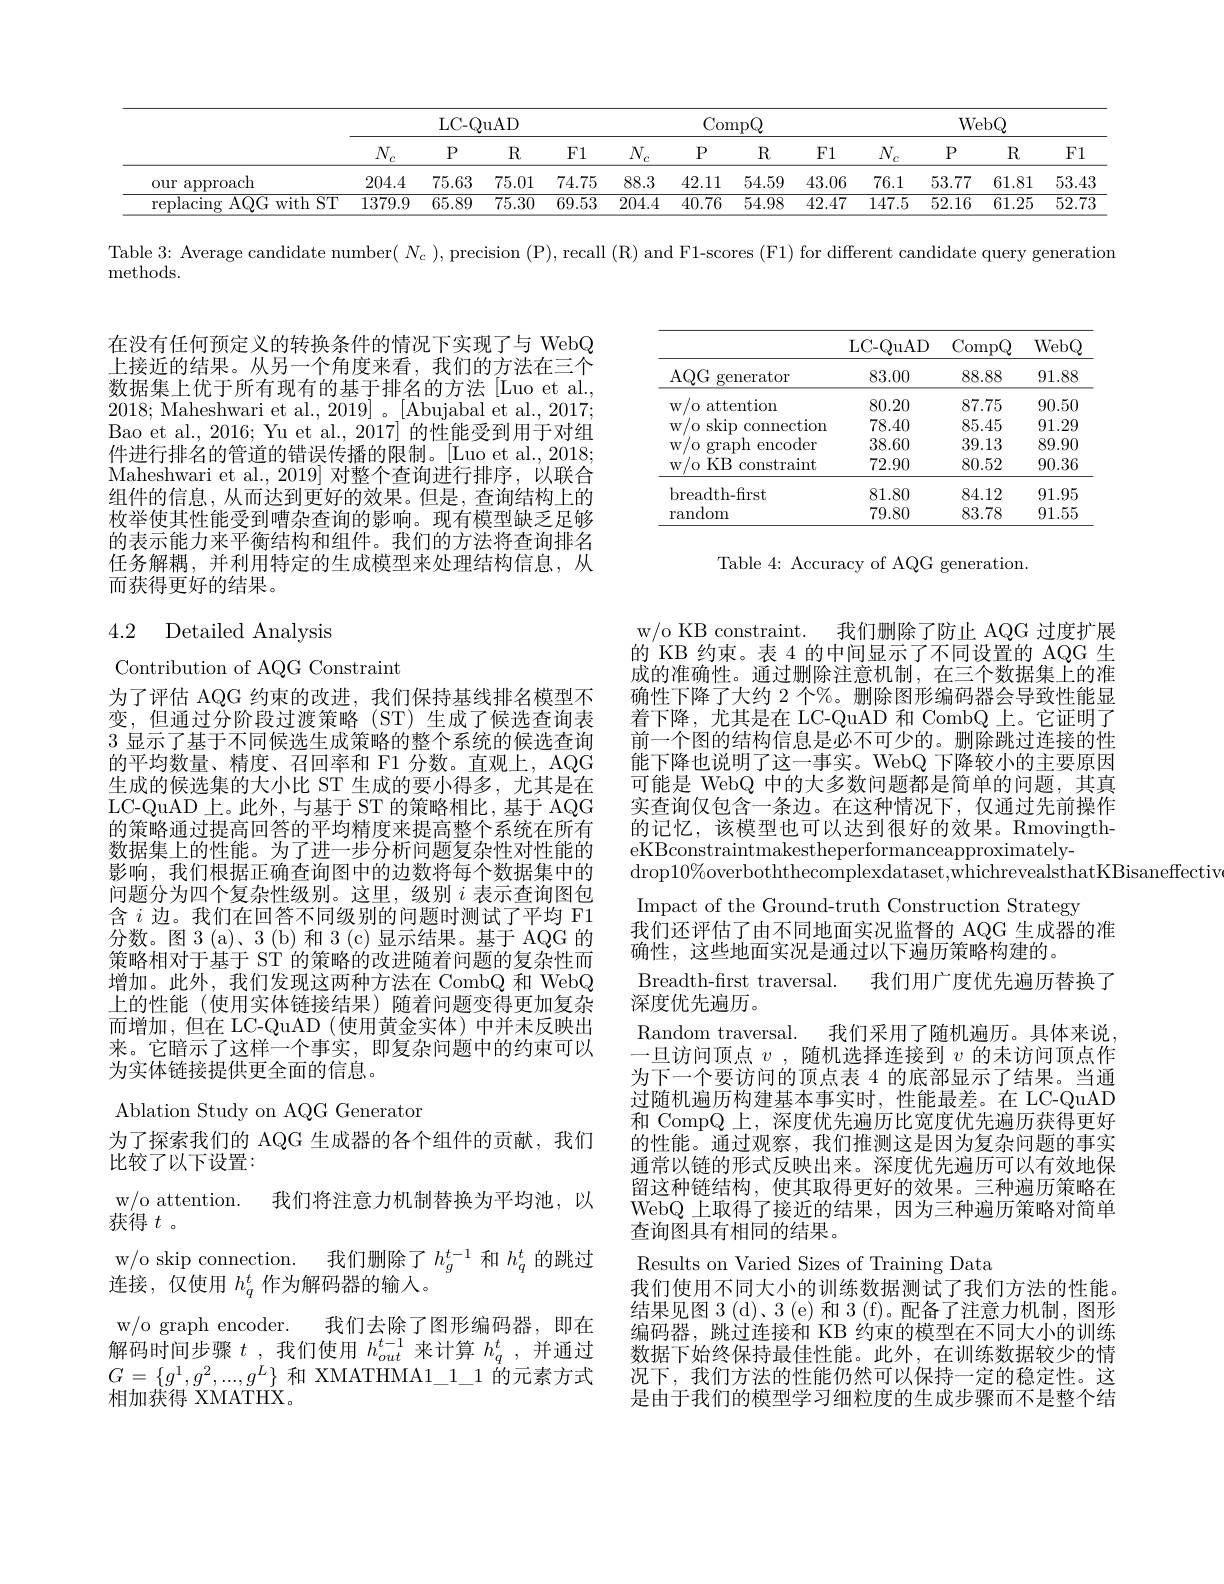
<table>
	<tbody>
		<tr>
			<th> </th>
			<th colspan="3">LC- QuAD</th>
			<th> </th>
			<th colspan="4">CompQ</th>
			<th> </th>
			<th colspan="3">WebQ</th>
		</tr>
		<tr>
			<th> </th>
			<th>$\underline{N_c}$</th>
			<th>$P$</th>
			<th>$R$</th>
			<th>F1</th>
			<th>$N_{c}$ C</th>
			<th>$P$</th>
			<th>$R$</th>
			<th>F1</th>
			<th>$\underline{N_{c}}$</th>
			<th>$P$</th>
			<th>$R$</th>
			<th>$F1$</th>
		</tr>
		<tr>
			<td>approach $0ur:$</td>
			<td>204.4</td>
			<td>75.63</td>
			<td>75.01</td>
			<td>74.75</td>
			<td>88.3</td>
			<td>42.11</td>
			<td>54.59</td>
			<td>43.06</td>
			<td>76.1</td>
			<td>53.77</td>
			<td>61.81</td>
			<td>53.43</td>
		</tr>
		<tr>
			<td>replacing :AQG with ST</td>
			<td>1379.9</td>
			<td>65.89</td>
			<td>75.30</td>
			<td>69.53</td>
			<td>204.4</td>
			<td>40.76</td>
			<td>54.98</td>
			<td>42.47</td>
			<td>147.5</td>
			<td>52.16</td>
			<td>61.25</td>
			<td>$\overline{52.73}$</td>
		</tr>
	</tbody>
</table>

Table 3: Average candidate number( $N_c)$, precision (P), recall (R) and F1-scores (F1) for different candidate query generation

methods.

在没有任何预定义的转换条件的情况下实现了与 WebQ 上接近的结果。从另一个角度来看，我们的方法在三个数据集上优于所有现有的基于排名的方法[Luo et al., 2018; Maheshwari et al., 2019]。[Abujabal et al., 2017; Bao et al., 2016; Yu et al., 2017] 的性能受到用于对组件进行排名的管道的错误传播的限制。[Luo et al., 2018; Maheshwari et al.,2019] 对整个查询进行排序，以联合组件的信息，从而达到更好的效果。但是，查询结构上的枚举使其性能受到嘈杂查询的影响。现有模型缺乏足够的表示能力来平衡结构和组件。我们的方法将查询排名任务解耦，并利用特定的生成模型来处理结构信息，从而获得更好的结果。

## 4.2 Detailed Analysis

Contribution of AQG Constraint
为了评估 AQG 约束的改进，我们保持基线排名模型不变，但通过分阶段过渡策略(ST)生成了候选查询表3显示了基于不同候选生成策略的整个系统的候选查询的平均数量、精度、召回率和 F1 分数。直观上，AQG 生成的候选集的大小比 ST 生成的要小得多，尤其是在LC-QuAD 上。此外，与基于 ST 的策略相比，基于 AQG 的策略通过提高回答的平均精度来提高整个系统在所有数据集上的性能。为了进一步分析问题复杂性对性能的影响，我们根据正确查询图中的边数将每个数据集中的问题分为四个复杂性级别。这里，级别$i$表示查询图包含$i$边。我们在回答不同级别的问题时测试了平均 F1分数。图 3 (a)、3 (b) 和 3 (c) 显示结果。基于 AQG 的策略相对于基于 ST 的策略的改进随着问题的复杂性而增加。此外，我们发现这两种方法在 CombQ 和 WebQ 上的性能 (使用实体链接结果) 随着问题变得更加复杂而增加，但在 LC-QuAD(使用黄金实体)中并未反映出来。它暗示了这样一个事实，即复杂问题中的约束可以为实体链接提供更全面的信息。

Ablation Study on AQG Generator
为了探索我们的 AQG 生成器的各个组件的贡献，我们
比较了以下设置：
w/o attention. 我们将注意力机制替换为平均池，以
获得$t$ 。
w/o skip connection. 我们删除了$h_g^{t-1}$和$h_q^t$的跳过
连接，仅使用$h_q^t$作为解码器的输入。
w/o graph encoder.
我们去除了图形编码器，即在
解码时间步骤$t$ ,我们使用$h_out^{t-1}$来计算$h_q^t$ ,并通过$G=\{g^1,g^2,...,g^L\}$和 XMATHMA1\_1\_1 的元素方式相加获得 XMATHX.

<table>
	<tbody>
		<tr>
			<th> </th>
			<th>LC- QuAD</th>
			<th>$\operatorname{CompQ}$</th>
			<th>WebQ</th>
		</tr>
		<tr>
			<td>$AQG$ generator</td>
			<td>83.00</td>
			<td>88.88</td>
			<td>91.88</td>
		</tr>
		<tr>
			<td>attention W/ 0: </td>
			<td>80.20</td>
			<td>87.75</td>
			<td>90.50</td>
		</tr>
		<tr>
			<td>$W$ skip connection 11</td>
			<td>78.40</td>
			<td>85.45</td>
			<td>91.29</td>
		</tr>
		<tr>
			<td>W graph encoder</td>
			<td>38.60</td>
			<td>39.13</td>
			<td>89.90</td>
		</tr>
		<tr>
			<td>$KB$ constraint W. A </td>
			<td>72.90</td>
			<td>80.52</td>
			<td>90.36</td>
		</tr>
		<tr>
			<td>breadth- first</td>
			<td>81.80</td>
			<td>84.12</td>
			<td>91.95</td>
		</tr>
		<tr>
			<td>random</td>
			<td>79.80</td>
			<td>83.78</td>
			<td>91.55</td>
		</tr>
	</tbody>
</table>

Table 4: Accuracy of AQG generation.

w/o KB constraint.
我们删除了防止 AQG 过度扩展
的 KB 约束。表 4 的中间显示了不同设置的 AQG 生成的准确性。通过删除注意机制，在三个数据集上的准确性下降了大约 2 个%。删除图形编码器会导致性能显着下降，尤其是在 LC-QuAD 和 CombQ 上。它证明了前一个图的结构信息是必不可少的。删除跳过连接的性能下降也说明了这一事实。WebQ 下降较小的主要原因可能是 WebQ 中的大多数问题都是简单的问题，其真实查询仅包含一条边。在这种情况下，仅通过先前操作的记忆，该模型也可以达到很好的效果。Rmovingth- $\operatorname*{eKBconstraintmakestheperformanceapproximately-}$
$\operatorname{drop}10\%$overboththecomplexdataset,whichrevealsthatKBisaneffectiv
Impact of the Ground-truth Construction Strategy
我们还评估了由不同地面实况监督的 AQG 生成器的准
确性，这些地面实况是通过以下遍历策略构建的。
Breadth-frst traversal. 我们用广度优先遍历替换了
深度优先遍历。
Random traversal. 我们采用了随机遍历。具体来说一旦访问顶点$v$ ,随机选择连接到$v$的未访问顶点作为下一个要访问的顶点表 4 的底部显示了结果。当通过随机遍历构建基本事实时，性能最差。在 LC-QuAD 和 CompQ 上，深度优先遍历比宽度优先遍历获得更好的性能。通过观察，我们推测这是因为复杂问题的事实通常以链的形式反映出来。深度优先遍历可以有效地保留这种链结构，使其取得更好的效果。三种遍历策略在WebQ 上取得了接近的结果，因为三种遍历策略对简单查询图具有相同的结果。
Results on Varied Sizes of Training Data
我们使用不同大小的训练数据测试了我们方法的性能。结果见图 3(d)、3(e)和 3(f)。配备了注意力机制，图形编码器，跳过连接和 KB 约束的模型在不同大小的训练数据下始终保持最佳性能。此外，在训练数据较少的情况下，我们方法的性能仍然可以保持一定的稳定性。这是由于我们的模型学习细粒度的生成步骤而不是整个结